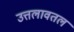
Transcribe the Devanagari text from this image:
उत्तलावतल